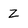
Character: Z